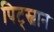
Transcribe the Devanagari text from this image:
पिट्स्वान